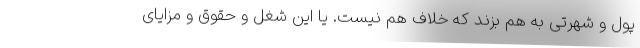
پول و شهرتی به هم بزند که خلاف هم نیست. یا این شغل و حقوق و مزایای